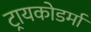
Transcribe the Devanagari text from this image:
ट्रायकोडर्मा